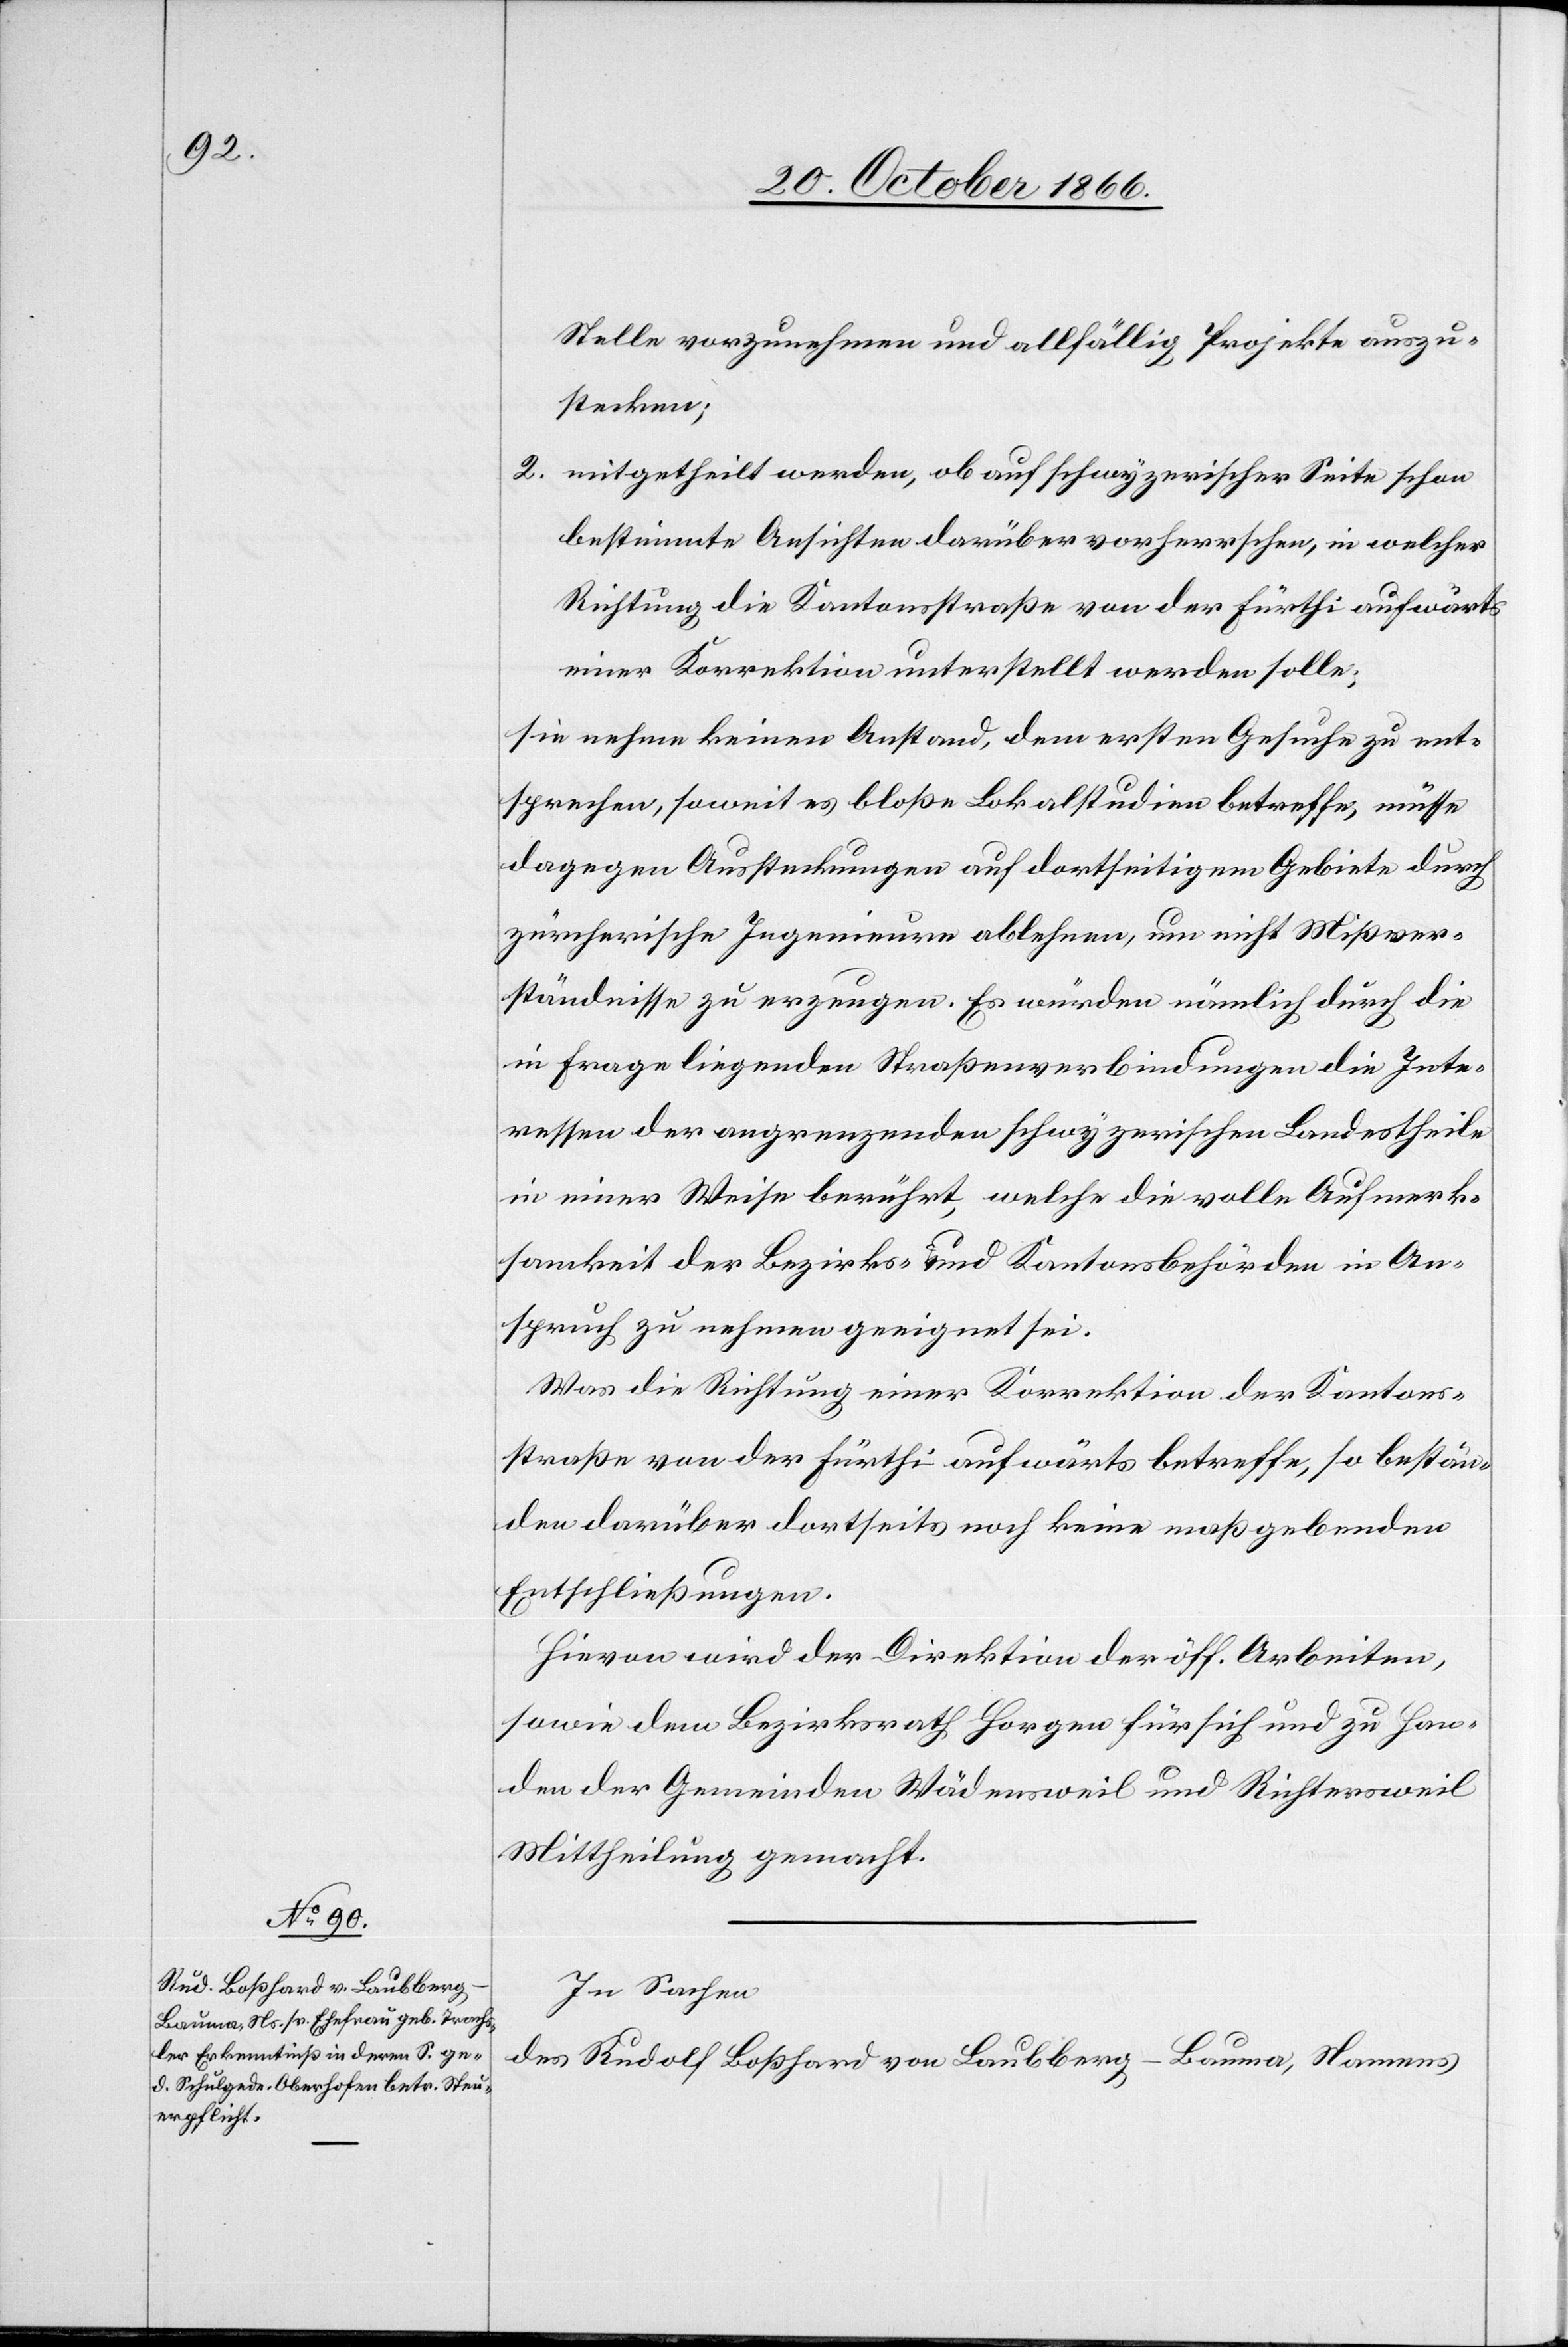
Stelle vorzunehmen und allfällig [sic!] Projekte auszu¬
stecken;
2. mitgetheilt werden, ob auf schwyzerischer Seite schon
bestimmte Ansichten darüber vorherrschen, in welcher
Richtung die Kantonsstraße von der Fürthi aufwärts
einer Korrektion unterstellt werden solle;
sie nehme keinen Anstand, dem ersten Gesuche zu ent¬
sprechen, soweit es bloße Lokalstudien betreffe, müsse
dagegen Aussteckungen auf dortseitigem Gebiete durch
zürcherische Ingenieure ablehnen, um nicht Mißver¬
ständnisse zu erzeugen. Es würden nämlich durch die
in Frage liegenden Straßenverbindungen die Inte¬
ressen der angrenzenden schwyzerischen Landestheile
in einer Weise berührt, welche die volle Aufmerk¬
samkeit der Bezirks- und Kantonsbehörden in An¬
spruch zu nehmen geeignet sei.
Was die Richtung einer Korrektion der Kantons¬
straße von der Fürthi aufwärts betreffe, so bestän¬
den darüber dortseits noch keine maßgebenden
Entschließungen.
Hievon wird der Direktion der öff. Arbeiten,
sowie dem Bezirksrath Horgen für sich und zu Han¬
den der Gemeinden Wädensweil und Richtersweil
Mittheilung gemacht.
In Sachen
des Rudolf Boßhard von Laubberg-Bauma, Namens